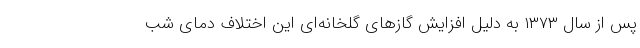
پس از سال ۱۳۷۳ به دلیل افزایش گازهای گلخانه‌ای این اختلاف دمای شب